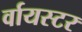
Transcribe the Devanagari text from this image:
र्वायस्टर